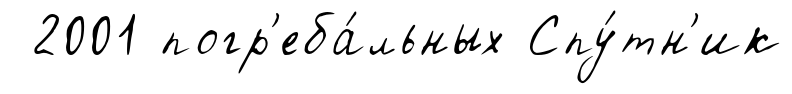
2001 погр'еба́льных Спу́тн'ик